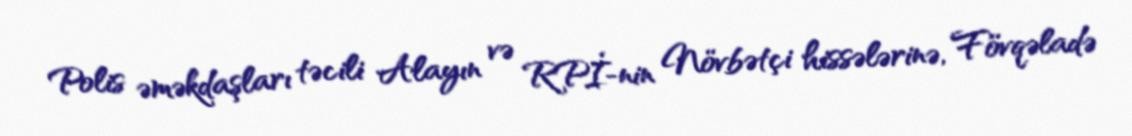
Polis əməkdaşları təcili Alayın və RPİ-nin Növbətçi hissələrinə, Fövqəladə